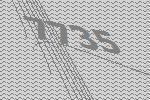
7735